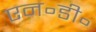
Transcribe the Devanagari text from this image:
एन॰डी॰